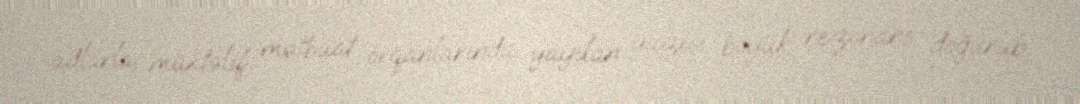
adlarla, müxtəlif mətbuat orqanlarında yayılan yazısı böyük rezonans doğurub.